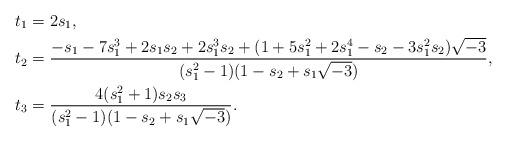
LaTeX: \begin{align*}t_1&=2s_1,\\t_2&=\frac{-s_1-7s_1^3+2s_1s_2+2s_1^3s_2+(1+5s_1^2+2s_1^4-s_2-3s_1^2s_2)\sqrt{-3}}{(s_1^2-1)(1-s_2+s_1\sqrt{-3})},\\t_3&=\frac{4(s_1^2+1)s_2s_3}{(s_1^2-1)(1-s_2+s_1\sqrt{-3})}.\end{align*}